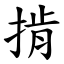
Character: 掯